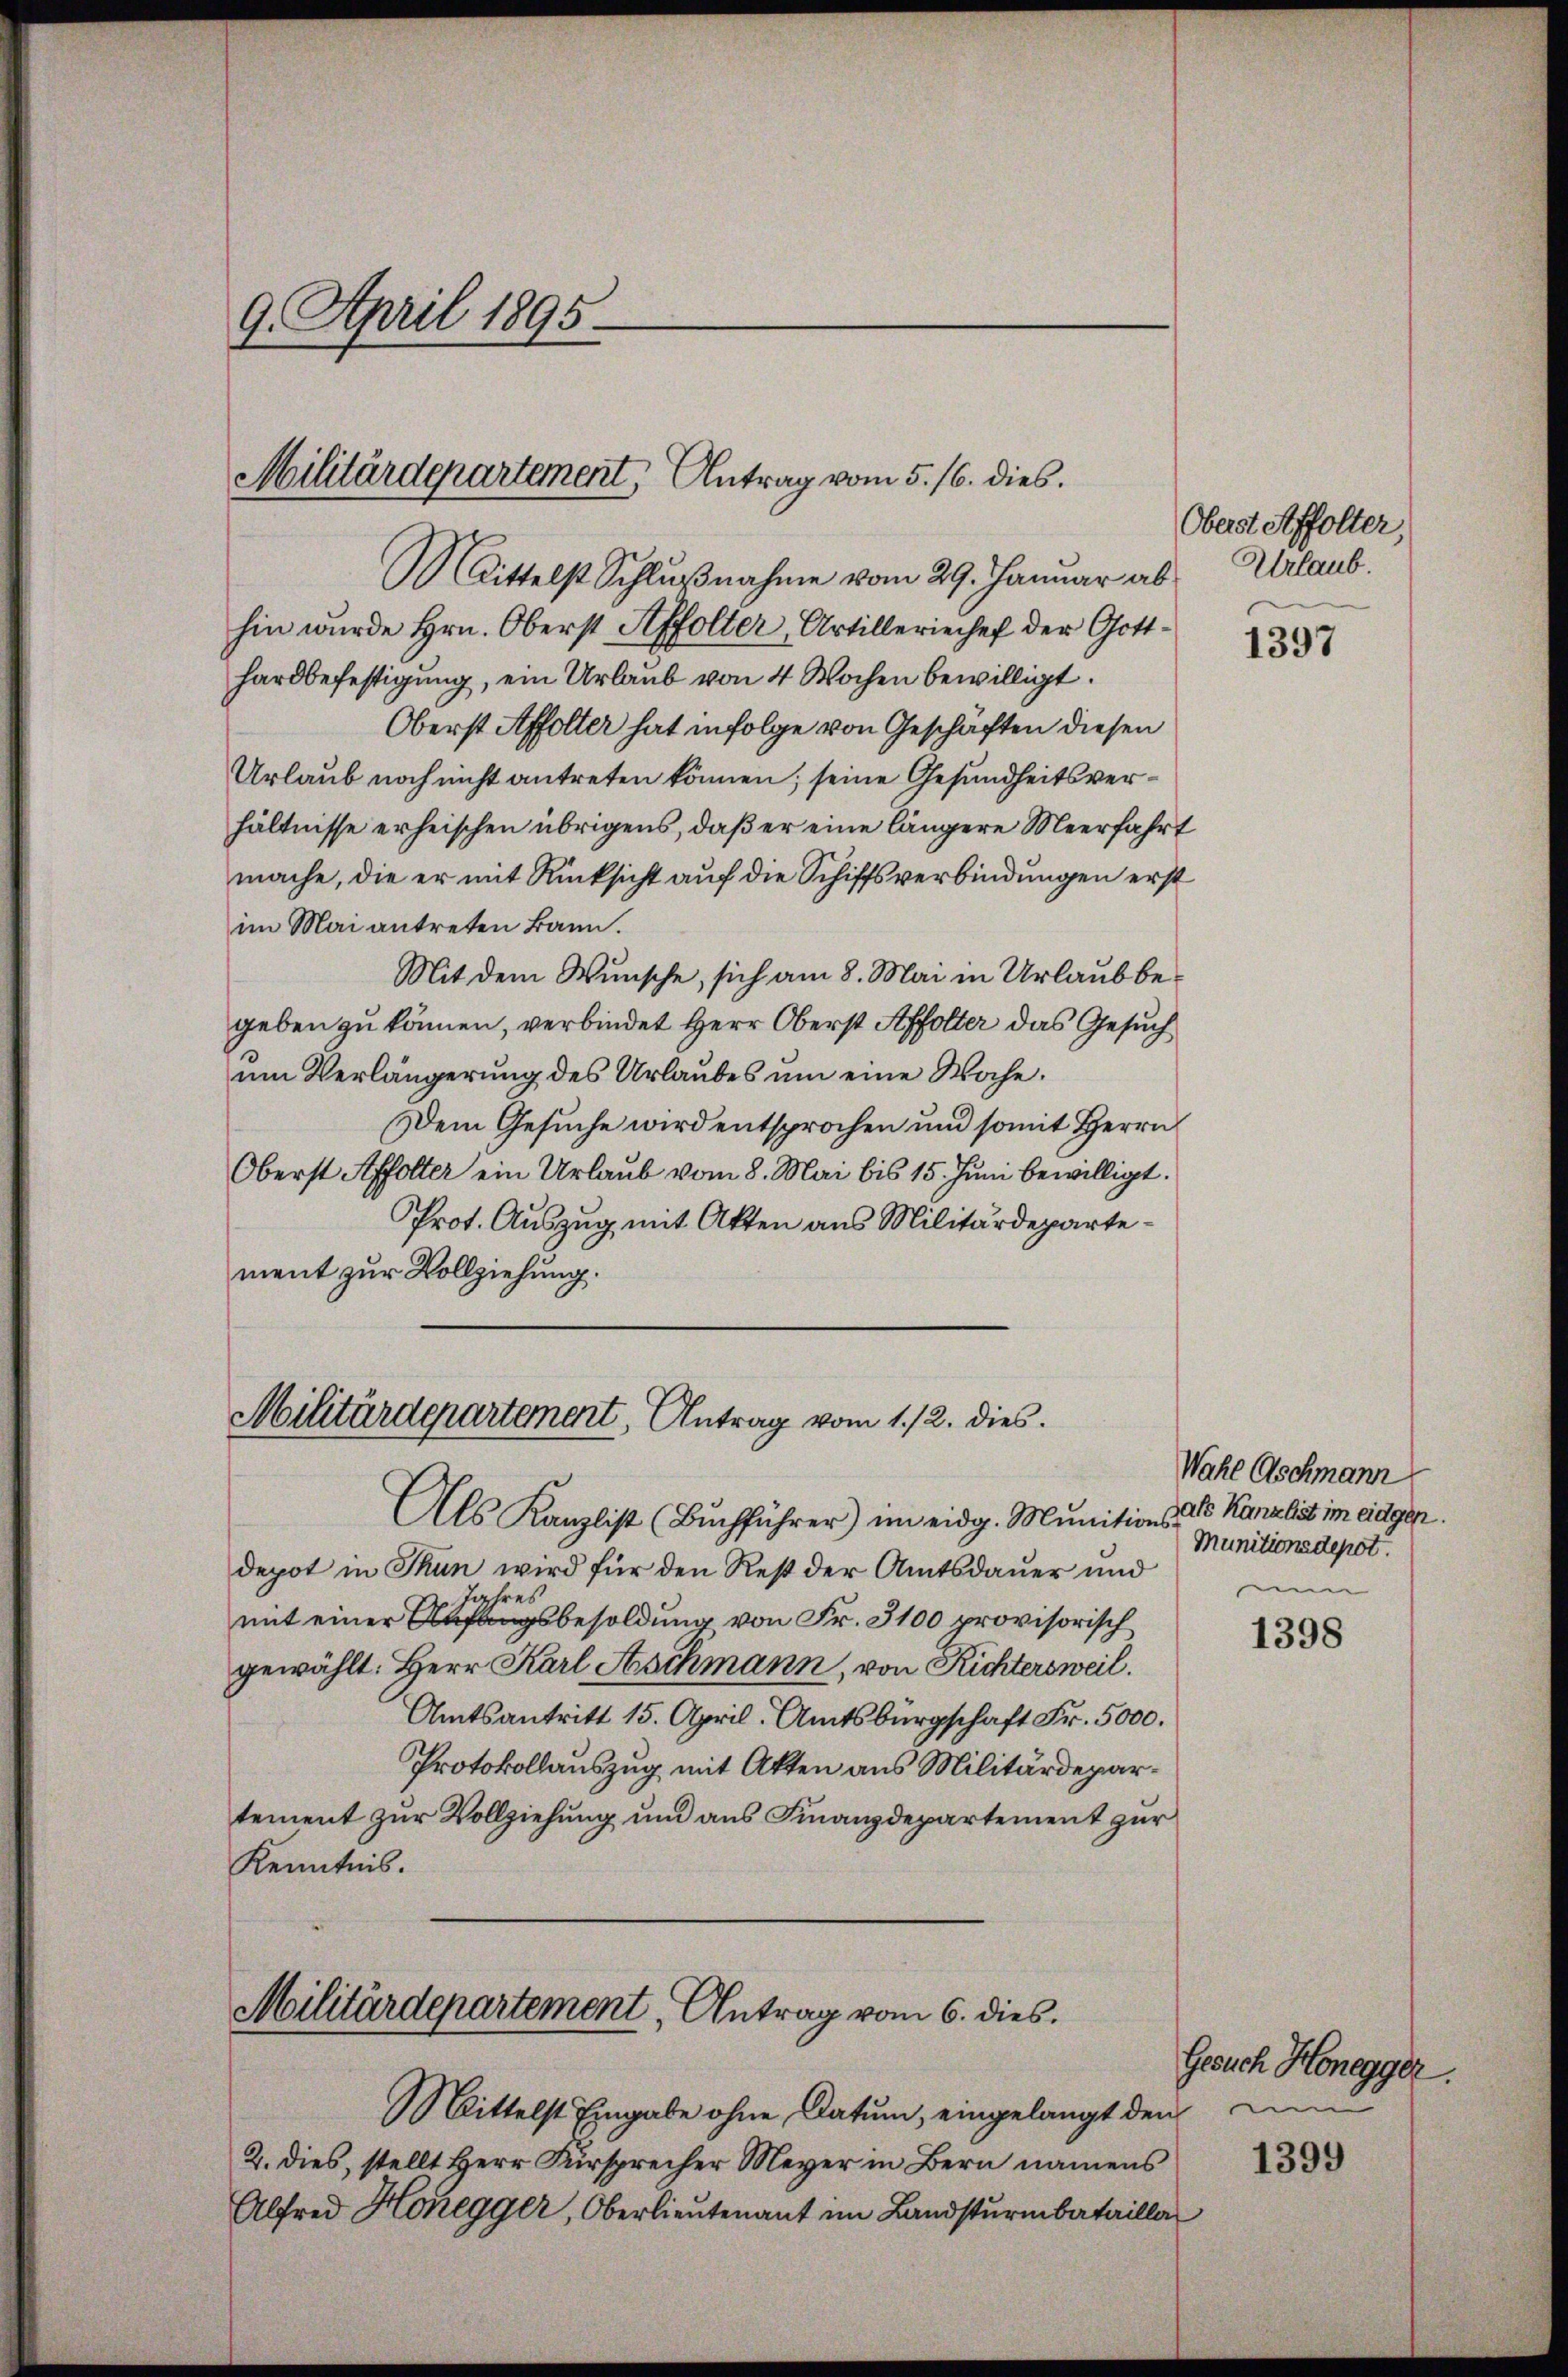
9. April 1895

Militärdepartement, Antrag vom 5. 16. dies

Mittelst Schlußnahme vom 29. Januar abhin wurde Hrn. Oberst Affolter, Artilleriechef der Gott-
hardbefestigung, ein Urlaub von 4 Wochen bewilligt.
Oberst Affolter hat infolge von Geschäften diesen
Urlaub noch nicht antreten können; seine Gesundheitsverhältnisse erheischen übrigens, daß er eine längere Meerfahrt
mache, die er mit Rücksicht auf die Schiffsverbindungen erst
im Mai antreten kann.
Mit dem Wunsche, sich am 8. Mai in Urlaub begeben zu können, verbindet Herr Oberst Affolter das Gesuch
um Verlängerung des Urlaubes um eine Woche.
Dem Gesuche wird entsprochen und somit Herrn
Oberst Affolter ein Urlaub vom 8. Mai bis 15. Juni bewilligt.
Prot. Auszug mit Akten aus Militärdepartement zur Vollziehung.

Militärdepartement, Antrag vom 1./2. dies

Militärdepartement, Antrag vom 6. dies

Als Kanzlist (Buchführer) im eidg. Munitions-
depot in Thun wird für den Rest der Amtsdauer und
Jahres
mit einer Anfangsbesoldung von Fr. 3100 provisorisch
gewählt: Herr Karl Aschmann, von Richtersweil.
Amtsantritt 15. April. Amtsbürgschaft Fr. 5000.
Protokollauszug mit Akten aus Militärdepartement zur Vollziehung und aus Finanzdepartement zur
Kenntnis.

Mittelst Eingabe ohne Datum, eingelangt den m
2. dies, stellt Herr Fürsprecher Meyer in Bern namens
Alfred Honegger, Oberlieutenant im Landsturmbatailla

Oberst Affolter,
Urlaub.

1397

Wahl Aschmann
als Kanzlist im eidgen.
Munitionsdepot
.
e

1398

Gesuch Honegger.

1399